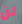
لن